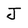
Character: J